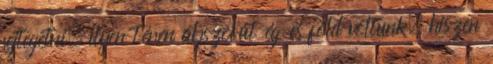
fejtegetni, ilyen téren abszolút ég és föld voltunk, hiszen